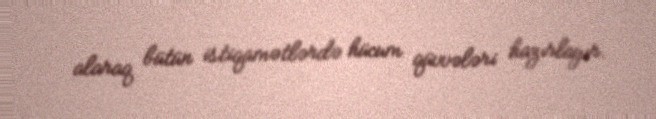
alaraq bütün istiqamətlərdə hücum qüvvələri hazırlayır.